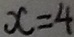
x = 4